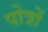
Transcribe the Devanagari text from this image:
पोत्रों